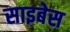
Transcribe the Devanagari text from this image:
साइबेस